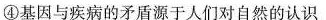
④基因与疾病的矛盾源于人们对自然的认识